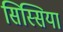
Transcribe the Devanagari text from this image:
सिस्सिया